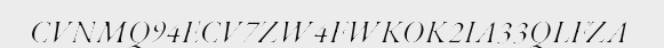
CVNMQ94ECV7ZW4FWKOK2IA33QLFZA